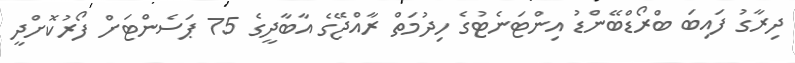
ދިރާގު ފައިބަ ބްރޯޑްބޭންޑު އިންޓަނެޓުގެ ހިދުމަތް ރާއްޖޭގެ އާބާދީގެ 75 ޕަސެންޓަށް ފޯރުކޮށްދީ